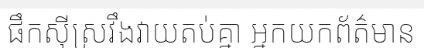
ផឹកស៊ីស្រវឹងវាយតប់គ្នា អ្នកយកព័ត៌មាន